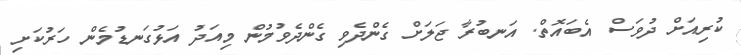
ކުރިއަށް ދުވަސް އެބައޮތް. އަނބުރާ ޖަލަށް ގެންދެވި ގެންދެވުމުން މިއަދު އަޅުގަނޑުމެން ހަރުކަށި